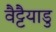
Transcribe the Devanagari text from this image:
वैट्टैयाडु